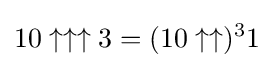
10\uparrow \uparrow \uparrow 3=(10\uparrow \uparrow )^{3}1